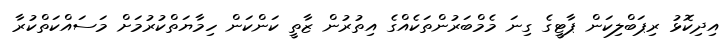
އިދިކޮޅު ރިޕަބްލިކަން ޕާޓީގެ ގިނަ މެމްބަރުންތަކެއްގެ އިތުރުން ޒާތީ ކަންކަން ހިމާޔަތްކުރުމަށް މަސައްކަތްކުރާ